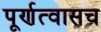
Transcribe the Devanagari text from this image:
पूर्णत्वासच